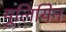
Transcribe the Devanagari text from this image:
यूलियिन